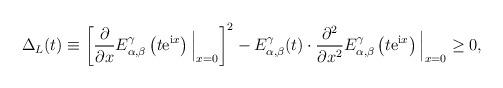
LaTeX: \begin{align*} \Delta_L(t) \equiv \left[\frac{\partial}{\partial x}E_{\alpha, \beta}^\gamma\left(t{\rm e}^{{\rm i}x}\right) \Big|_{x=0}\right]^2 - E_{\alpha, \beta}^\gamma(t) \cdot \frac{\partial^2}{\partial x^2}E_{\alpha, \beta}^\gamma \left(t{\rm e}^{{\rm i}x}\right) \Big|_{x=0} \geq 0, \end{align*}